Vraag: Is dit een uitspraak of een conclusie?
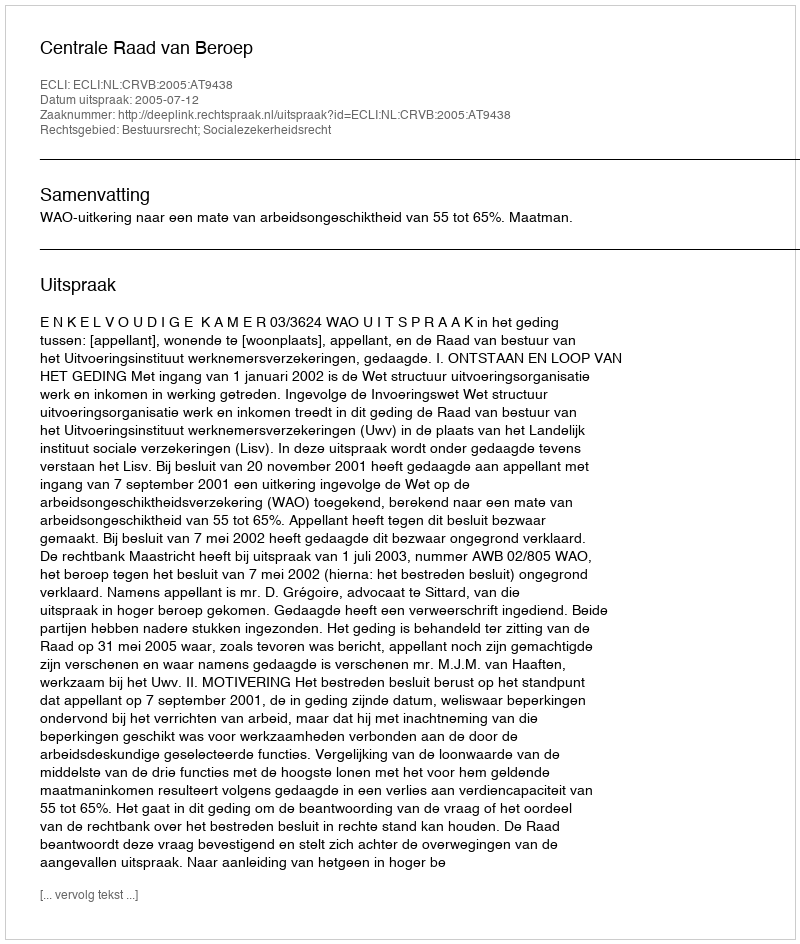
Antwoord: Uitspraak